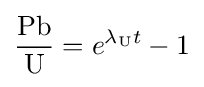
{{\mathrm {Pb} } \over {\mathrm {U} }}=e^{\lambda _{\mathrm {U} }t}-1